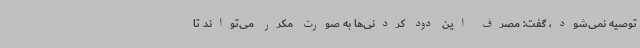
توصیه نمی‌شود، گفت: مصرف این دود کردنی‌ها به صورت مکرر می‌تواند تا